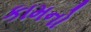
કામનો